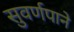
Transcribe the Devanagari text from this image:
सुवर्णपाने